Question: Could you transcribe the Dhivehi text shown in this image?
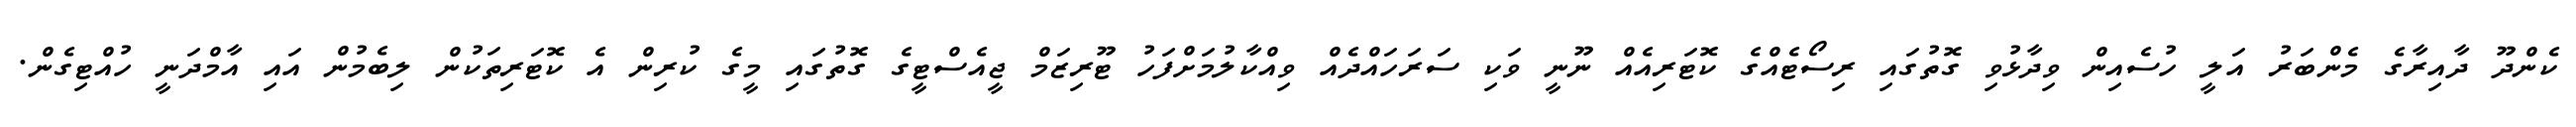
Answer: ކެންދޫ ދާއިރާގެ މެންބަރު އަލީ ހުސެއިން ވިދާޅުވި ގޮތުގައި ރިސޯޓެއްގެ ކޮޓަރިއެއް ނޫނީ ވަކި ސަރަހައްދެއް ވިއްކާލުމަށްފަހު ޓޫރިޒަމް ޖީއެސްޓީގެ ގޮތުގައި މީގެ ކުރިން އެ ކޮޓަރިތަކުން ލިބެމުން އައި އާމްދަނީ ހުއްޓިގެން.